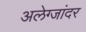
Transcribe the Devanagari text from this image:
अलेग्जांदर